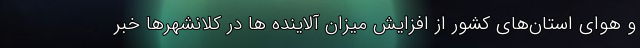
و هوای استان‌های کشور از افزایش میزان آلاینده ها در کلانشهرها خبر